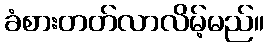
ခံစားတတ်လာလိမ့်မည်။